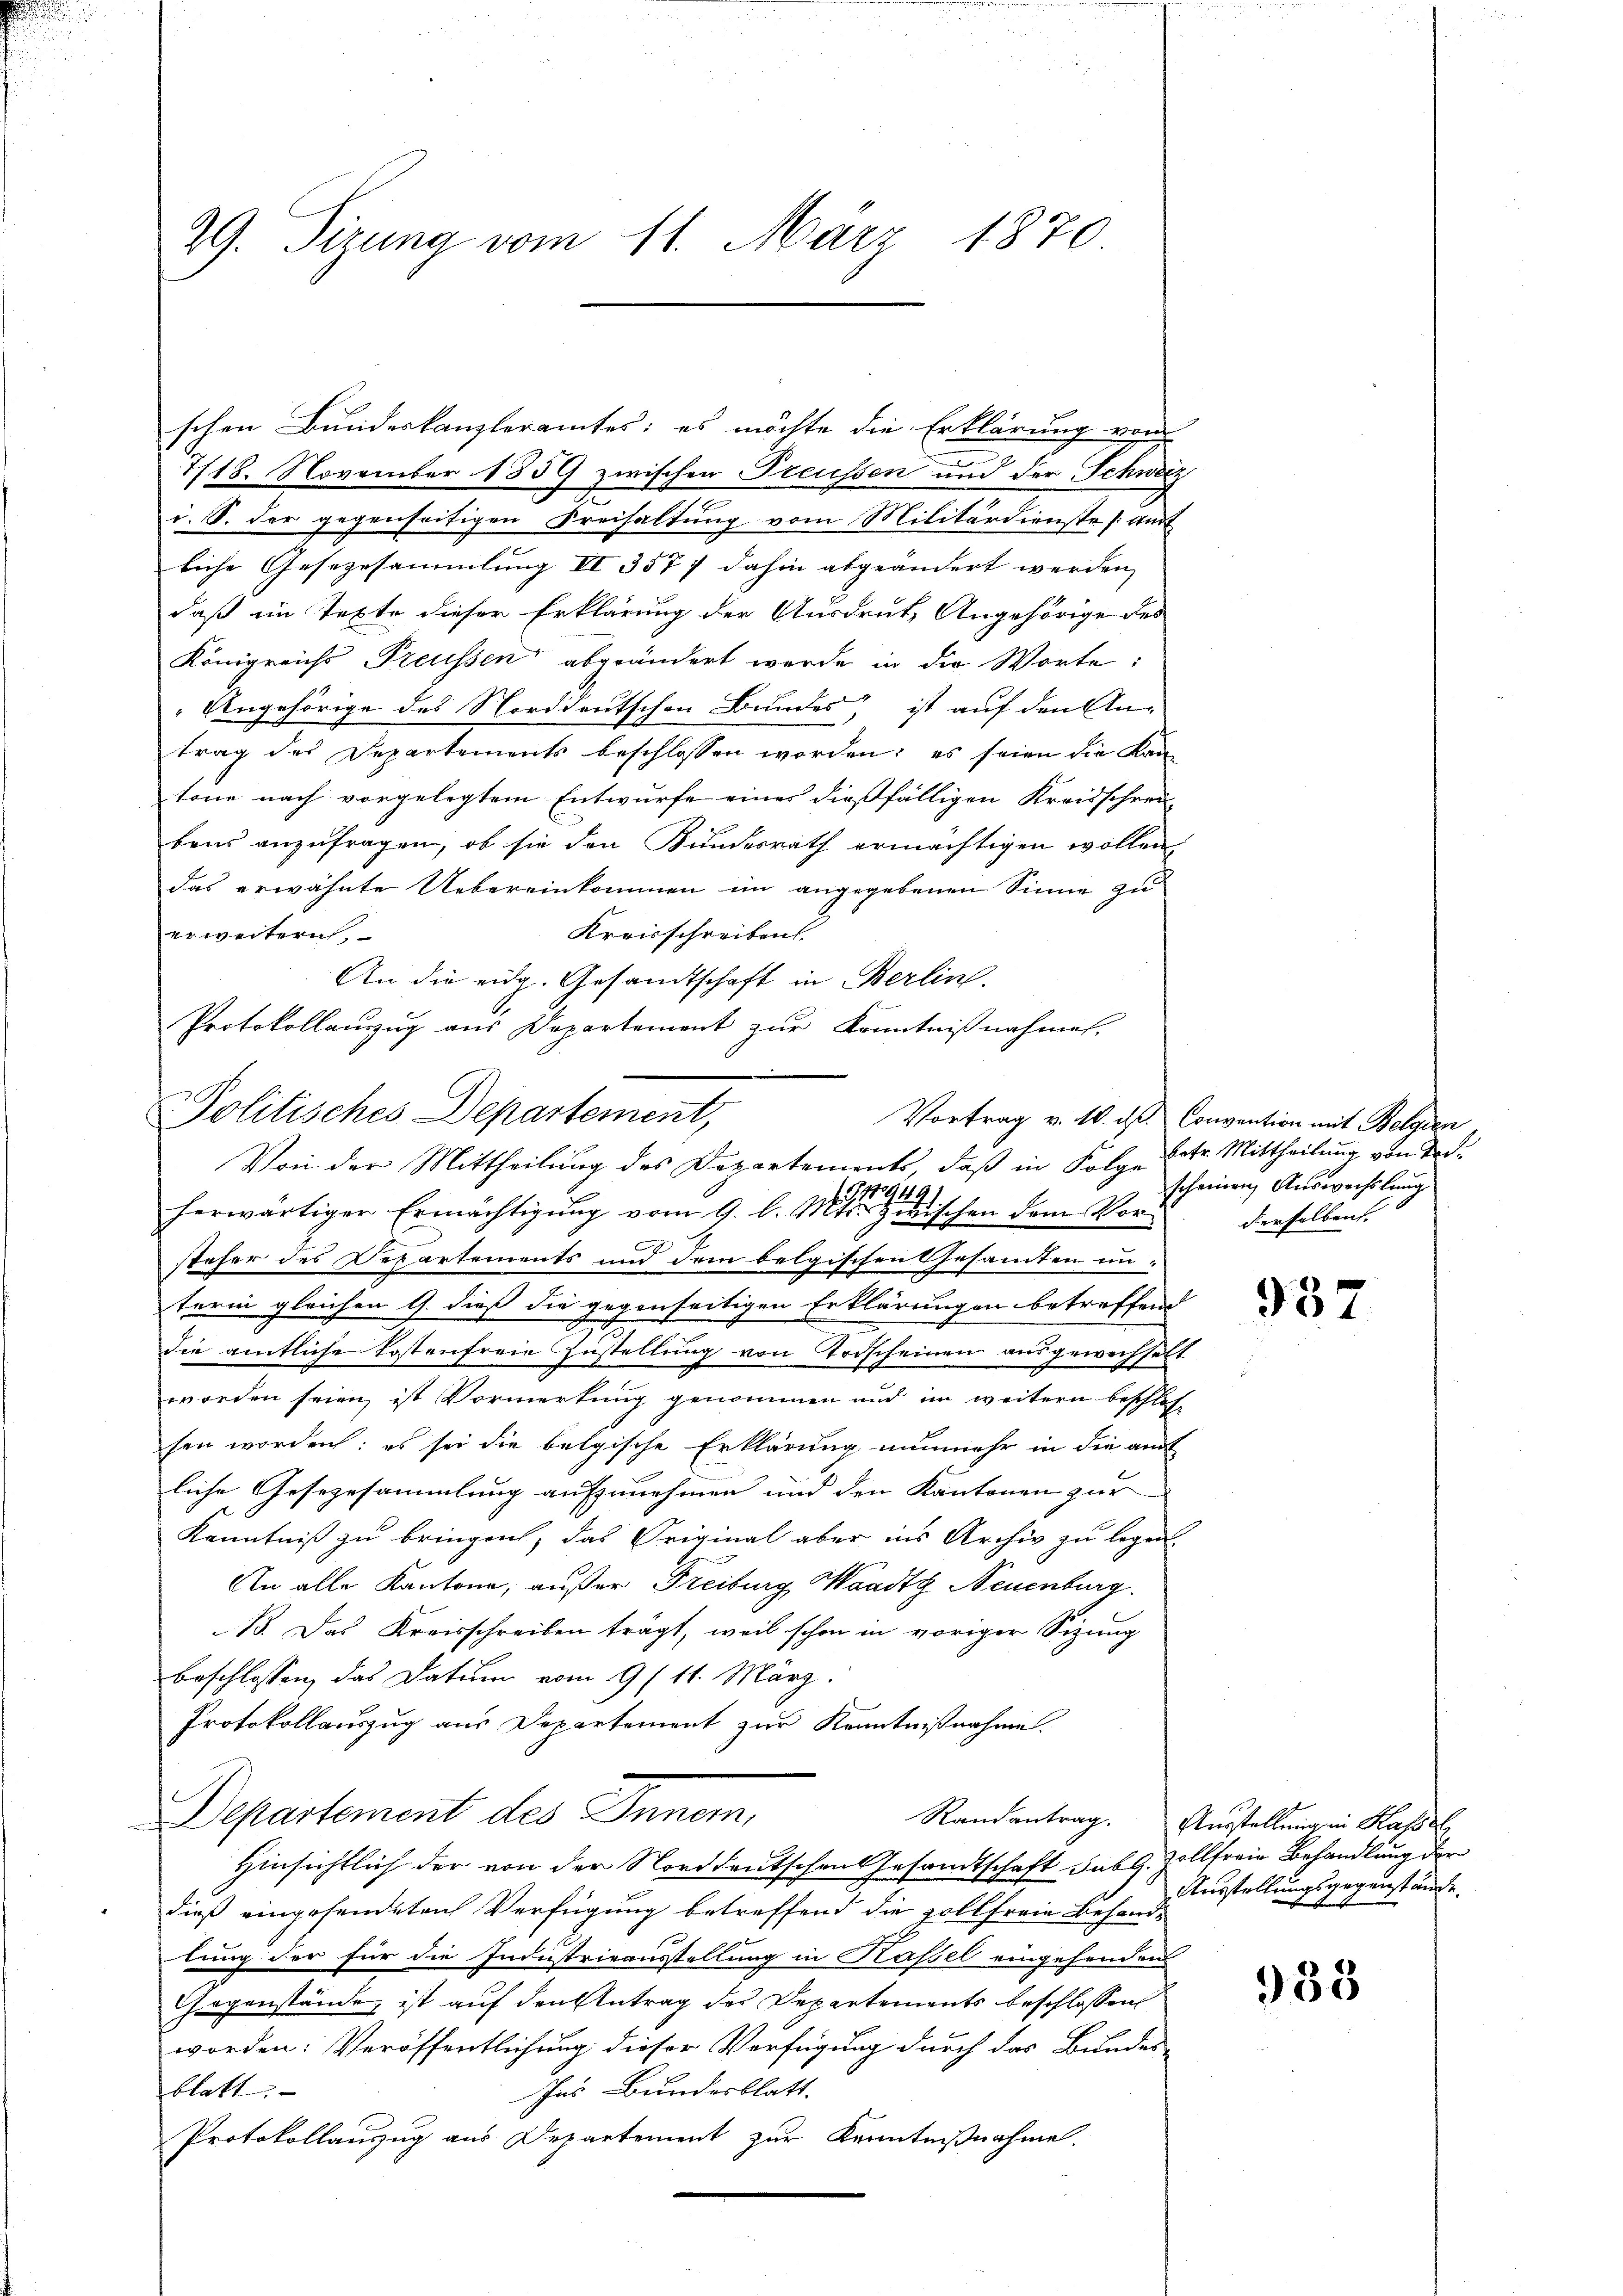
.
u

schen Bundeskanzleramtes; es möchte die Erklärung von
7/18. November 1859 zwischen Treussen und der Schweiz
v. S. der gegenseitigen Freihaltung vom Militärdienste [Aust
liche Gesezesammlung II 3577 dahin abgeändert werden,
daß im Texte dieser Erklärung der Ausdruck, Angehörige des
Königreichs Treussen abgeändert werde in die Worte:
Angehörige des Norddeutschen Bundes ist auf den Antrag des Departements beschlossen worden; es seien die Kantone nach vorgelegtem Entwurfe eines dießfälligen Kreisschrei-
bens anzufragen, ob sie den Bundesrath ermächtigen wollen,
das erwähnte Uebereinkommen im angegebenen Sinne zu
Kreisschreiben.
erweitern
An die eidg. Gesandtschaft in Berlin.
Protokollanzug aus Departement zur Kenntnißnahmen.
steher des Departements und dem belgischen Gesamten in-
terin gleichen G. dieß die gegenseitigen Erklärungen betreffend
die amtliche Kostenfreie Zustellung von Vorscheinen ausgewechselt
worden seien, ist Vormerkung genommen und im weitern beschlos-
sen worden; es sei die belgische Erklärung nunmehr in die amt
liche Gesezesammlung aufzunehmen und den Kantonen zur
Kenntniß zu bringen, das Original aber ins Archiv zu legen.
An alle Kantone, außer Freiburg, Waadt Neuenburg.
B. Das Kreisschreiben trägt, weil schon in voriger Sitzung
beschlossen, das Datum vom 9/11. März.
Protokollauszug aus Departement zur Kenntnißnahme.
Departement des Innom,
Hinsichtlich der von der Norddeutschen Gesandtschaft sub G. Zollfreie Behandlung der
dieß eingesendeten Verfügung betreffend die Zollfreie Behand-
lung der für die Industrieausstellung in Kassel eingehendens
Gegenstände, ist auf den Antrag des Departements beschlossen
worden: Veröffentlichung dieser Verfügung durch das Bundes-
Ins Bundesblatt.
blatt. |
Protokollauszug aus Departement zur Kenntnißnahme.

29. Sirung vom 11. März 1870

Politisches Departement,

Von der Mittheilung des Departements, daß in Folge
1110949)
herwärtiger Ermächtigung vom 9. d. Mts. Zwischen dem Vor¬

Vortrag v. 10. ds. Convention mit Belgien
betr. Mittheilung von Tod.
scheinen Auswechslung
derselben.

937

Randantrag. Ausstellung in Halsel,
Ausstellungsgegenstände.
h
b

983